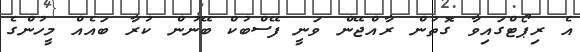
އެ ރިޕޯޓްގައިވާ ގޮތުން ރާއްޖޭން ވަނީ ފޭސްބުކް ބޭނުން ކުރާ ބައެއް މީހުންގެ